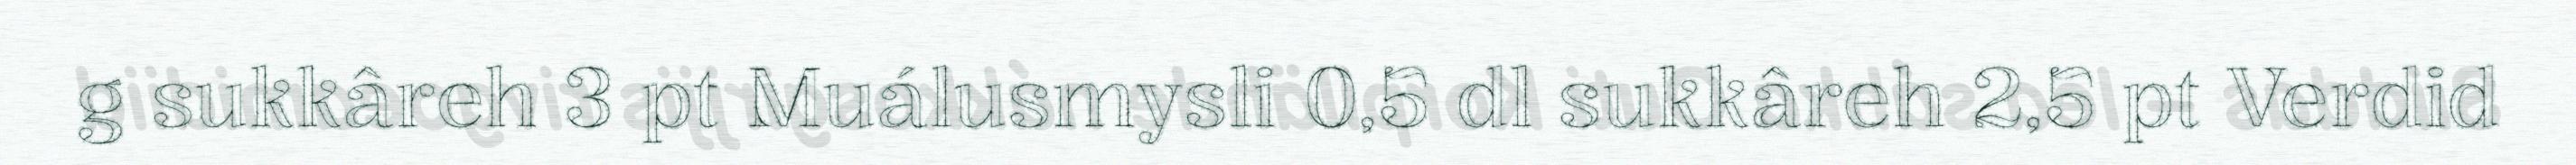
g sukkâreh 3 pt Muálusmysli 0,5 dl sukkâreh 2,5 pt Verdid